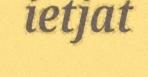
ietjat